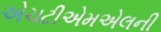
એચટીએમએલની